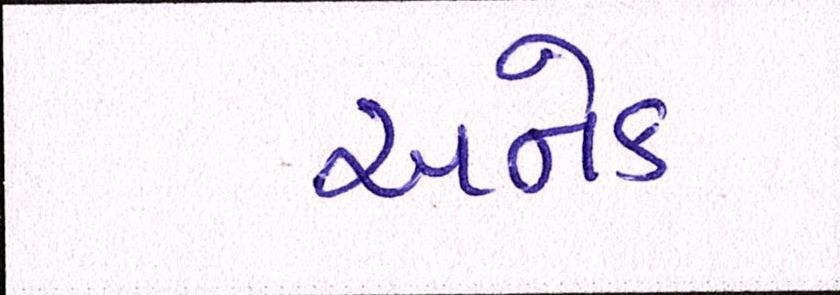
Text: અનેક